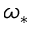
\omega _ { * }